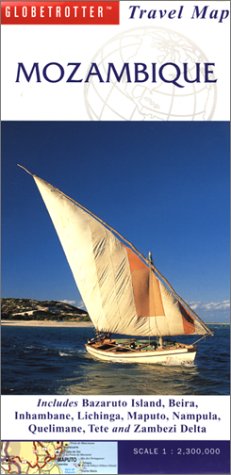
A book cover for Mozambique Travel Map; Globetrotter; Travel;